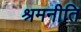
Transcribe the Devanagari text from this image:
श्रमनीति